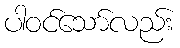
ပါဝင်သော်လည်း